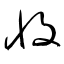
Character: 收